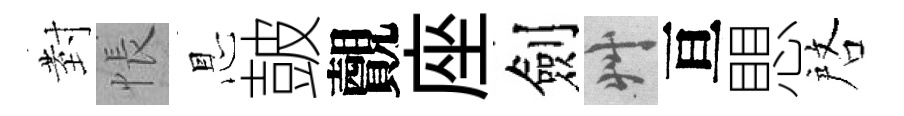
𭔹悵㤙皷覿座劍艸亘愳啓